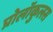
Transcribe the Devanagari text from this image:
प्रोलॉकुलस